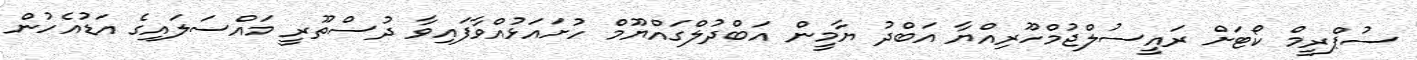
ސުޕްރީމް ކޯޓަށް ރައީސުލްޖުމްހޫރިއްޔާ އަބްދު ޔާމީން އަބްދުލްގައްޔޫމް ހުށައަޅުއްވާފައިވާ ދުސްތޫރީ މައްސަލައިގެ އަޑުއެހުން